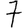
Digit: 7